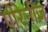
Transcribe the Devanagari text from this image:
पीरेनीज